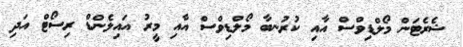
ޝެރެޓަން މޯލްޑިވްސް އާއި ކުރުނބާ މޯލްޑިވްސް އާއި މީރު އައިލެންޑް ރިސޯޓް އަދި